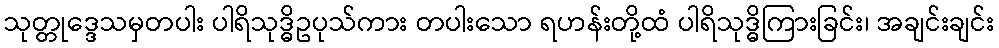
သုတ္တုဒ္ဒေသမှတပါး ပါရိသုဒ္ဓိဥပုသ်ကား တပါးသော ရဟန်းတို့ထံ ပါရိသုဒ္ဓိကြားခြင်း၊ အချင်းချင်း